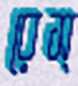
রেস্